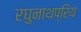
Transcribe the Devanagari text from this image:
रघुनाथप्रिय